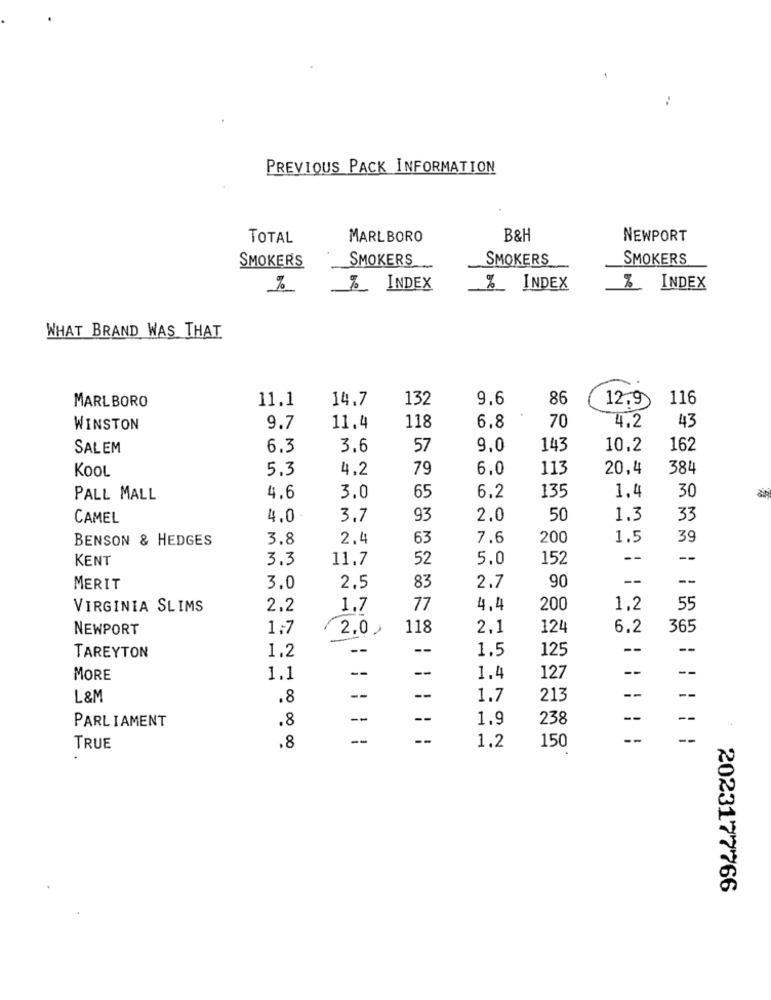
PREVIOUS PACK INFORMATION
TOTAL
MARLBORO
B&H
NEWPORT
SMOKERS
SMOKERS
SMOKERS
SMOKERS
%
%_ INDEX
% INDEX
% INDEX
WHAT BRAND WAS THAT
11.1
14.7
132
9.6
86
12.9
116
MARLBORO
70
43
WINSTON
9.7
11.4
118
6.8
4.2
SALEM
6.3
3.6
57
9,0
143
10,2
162
KOOL
5.3
4.2
79
6.0
113
20,4
384
30
PALL MALL
4.6
3.0
65
6.2
135
1.4
CAMEL
4.0
3.7
93
2.0
50
1.3
33
BENSON & HEDGES
3.8
2.4
63
7.6
200
1.5
39
KENT
3.3
11,7
52
5.0
152
--
--
83
90
--
MERIT
3.0
2.5
2.7
VIRGINIA SLIMS
2.2
1.7
77
4,4
200
1,2
55
NEWPORT
1.7
2.0
118
2,1
124
6.2
365
1.2
1.5
125
--
--
TAREYTON
--
--
--
MORE
1.1
1.4
127
--
L &M
.8
--
1.7
213
--
--
PARLIAMENT
.8
1.9
238
--
- -
TRUE
.8
1.2
150
2023177766